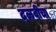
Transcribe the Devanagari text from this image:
दळवीचा